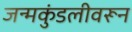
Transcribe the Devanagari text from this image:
जन्मकुंडलीवरून